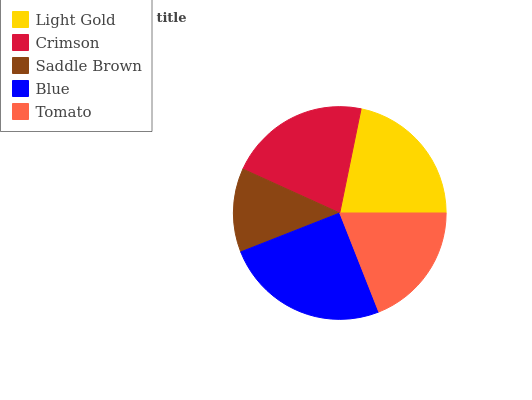
| Light Gold | Crimson | Saddle Brown | Blue | Tomato |
 | --- | --- | --- | --- | --- |
 | 21.8% | 21.5% | 12.7% | 25% | 19.1% |